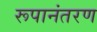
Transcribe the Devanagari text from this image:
रूपानंतरण